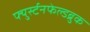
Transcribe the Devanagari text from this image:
फ्युर्स्टनफेल्डब्रुक